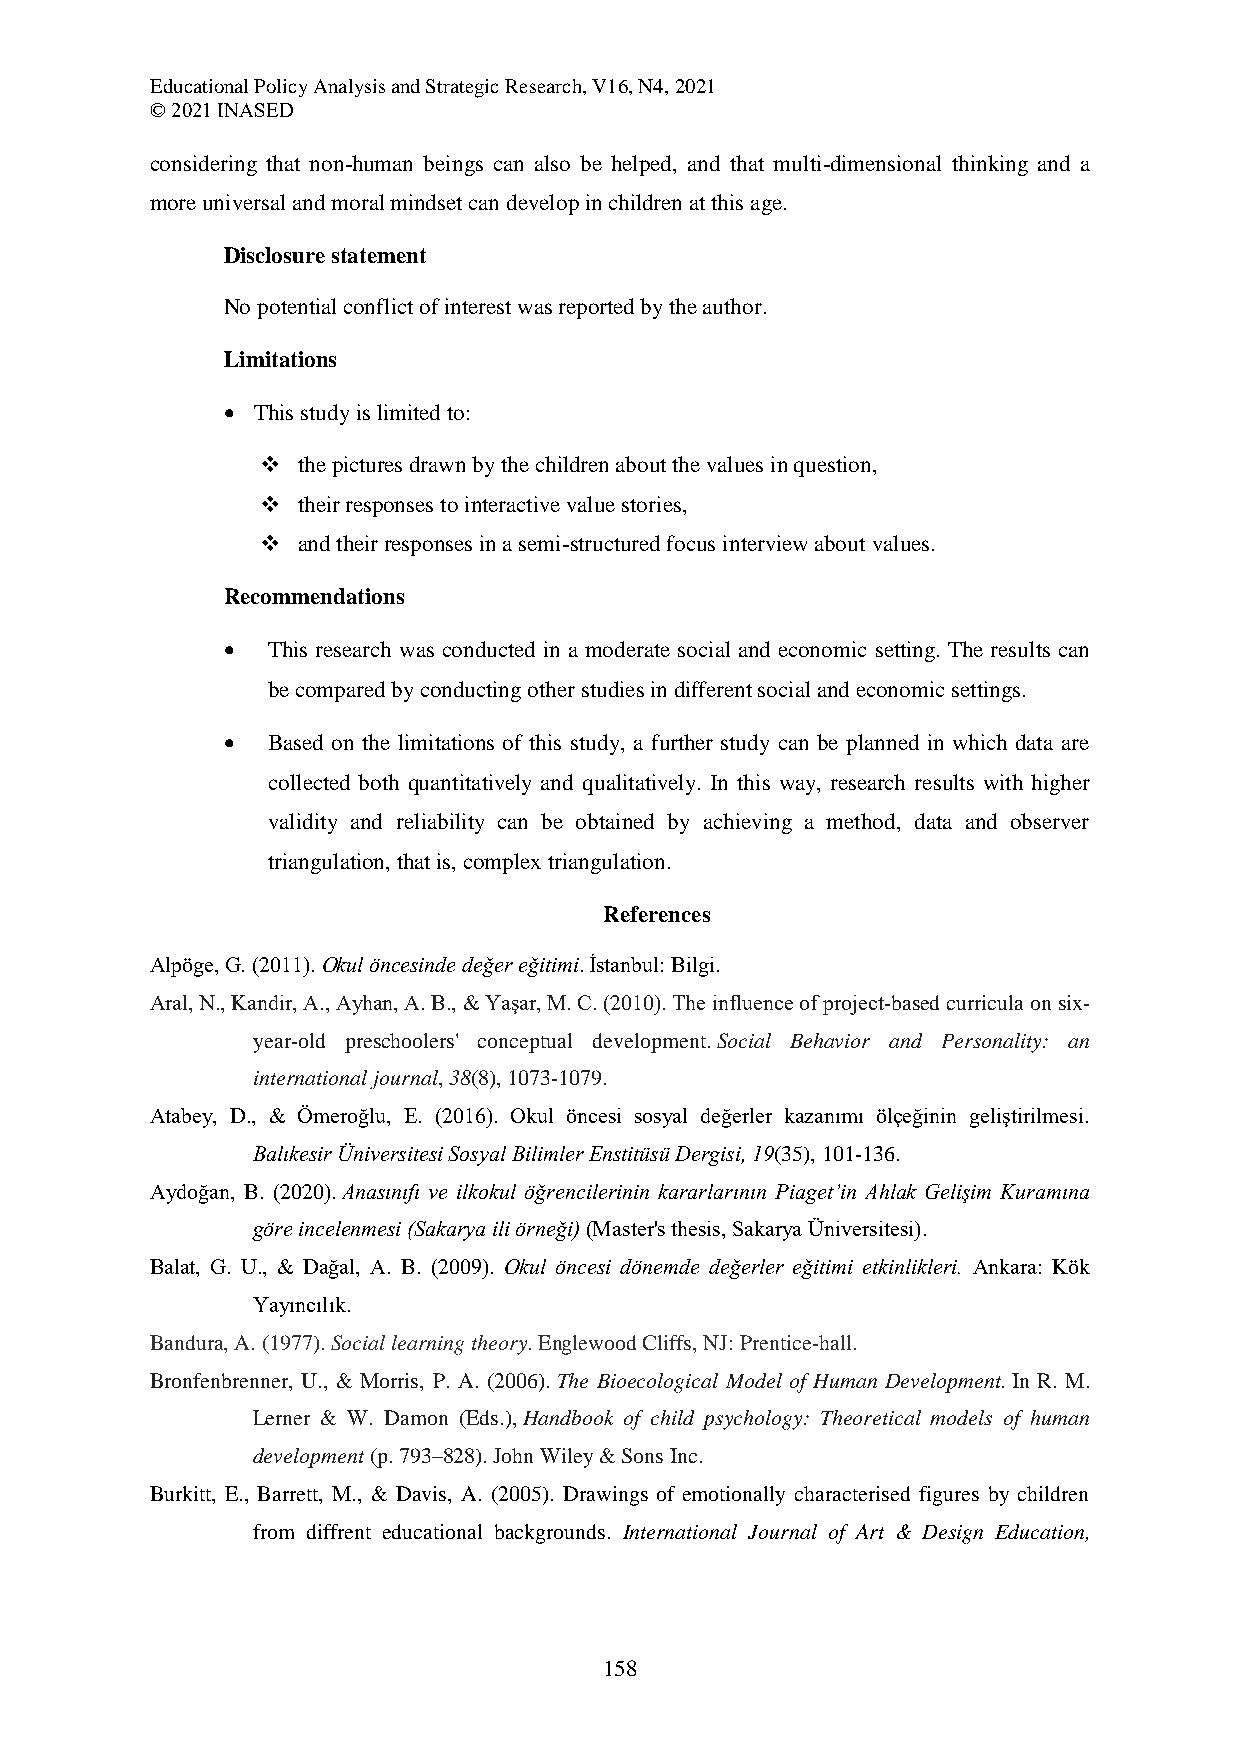
Educational Policy Analysis and Strategic Research, V16, N4, 2021
 © 2021 INASED
 considering that non-human beings can also be helped, and that multi-dimensional thinking and a
 more universal and moral mindset can develop in children at this age.
 Disclosure statement
 No potential conflict of interest was reported by the author.
 Limitations
  This study is limited to:
   the pictures drawn by the children about the values in question,
   their responses to interactive value stories,
   and their responses in a semi-structured focus interview about values.
 Recommendations
   This research was conducted in a moderate social and economic setting. The results can
 be compared by conducting other studies in different social and economic settings.
   Based on the limitations of this study, a further study can be planned in which data are
 collected both quantitatively and qualitatively. In this way, research results with higher
 validity and reliability can be obtained by achieving a method, data and observer
 triangulation, that is, complex triangulation.
 References
 Alpöge, G. (2011). Okul öncesinde değer eğitimi. İstanbul: Bilgi.
 Aral, N., Kandir, A., Ayhan, A. B., & Yaşar, M. C. (2010). The influence of project-based curricula on six-
 year-old preschoolers' conceptual development. Social Behavior and Personality: an
 international journal, 38(8), 1073-1079.
 Atabey, D., & Ömeroğlu, E. (2016). Okul öncesi sosyal değerler kazanımı ölçeğinin geliştirilmesi.
 Balıkesir Üniversitesi Sosyal Bilimler Enstitüsü Dergisi, 19(35), 101-136.
 Aydoğan, B. (2020). Anasınıfı ve ilkokul öğrencilerinin kararlarının Piaget’in Ahlak Gelişim Kuramına
 göre incelenmesi (Sakarya ili örneği) (Master's thesis, Sakarya Üniversitesi).
 Balat, G. U., & Dağal, A. B. (2009). Okul öncesi dönemde değerler eğitimi etkinlikleri. Ankara: Kök
 Yayıncılık.
 Bandura, A. (1977). Social learning theory. Englewood Cliffs, NJ: Prentice-hall.
 Bronfenbrenner, U., & Morris, P. A. (2006). The Bioecological Model of Human Development. In R. M.
 Lerner & W. Damon (Eds.), Handbook of child psychology: Theoretical models of human
 development (p. 793–828). John Wiley & Sons Inc.
 Burkitt, E., Barrett, M., & Davis, A. (2005). Drawings of emotionally characterised figures by children
 from diffrent educational backgrounds. International Journal of Art & Design Education,
 158